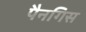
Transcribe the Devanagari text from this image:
पैनगिस